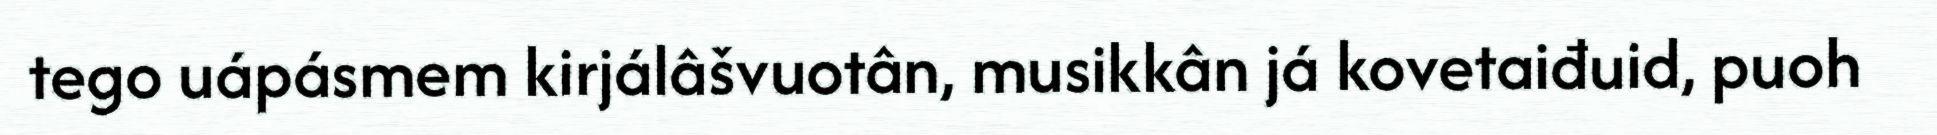
tego uápásmem kirjálâšvuotân, musikkân já kovetaiđuid, puoh